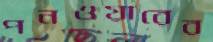
পনওয়ারের